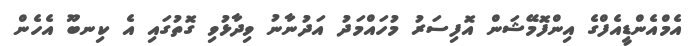
އެމްއެންޑީއެފްގެ އިންފޮމޭޝަން އޮފިސަރު މުހައްމަދު އަދުނާނު ވިދާޅުވި ގޮތުގައި އެ ކިނބޫ އެހެން